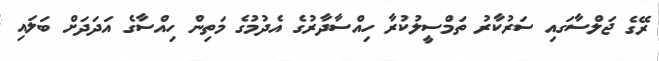
ރޭގެ ޖަލްސާގައި ސަރުކާރު ތަމްސީލުކުރާ ހިއްސާދާރުގެ އެދުމުގެ މަތިން ހިއްސާގެ އަދަދަށް ބަލައި